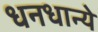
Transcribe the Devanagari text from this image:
धनधान्ये